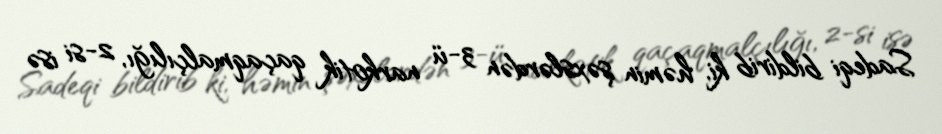
Sadeqi bildirib ki, həmin şəxslərdən 3-ü narkotik qaçaqmalçılığı, 2-si isə